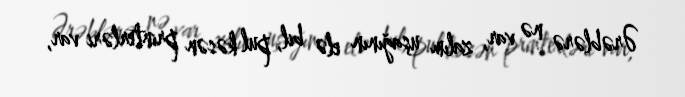
Ərəblərə nə var, zalım uşağının elə bil, pul kəsən printerləri var,